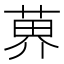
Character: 𫈨